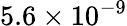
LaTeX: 5.6\times 10^{-9}